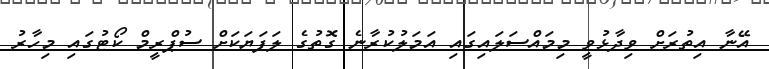
އޭނާ އިތުރަށް ވިދާޅުވީ މިމައްސަލައިގައި އަމަލުކުރާނެ ގޮތުގެ ލަފަޔަކަށް ސުޕްރީމް ކޯޓުގައި މިހާރު